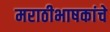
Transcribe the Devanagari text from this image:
मराठीभाषकांचे